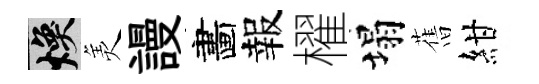
焕羙謾畵報櫂塌𦾔紺